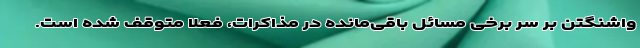
واشنگتن بر سر برخی مسائل باقی‌مانده در مذاکرات، فعلا متوقف شده است.